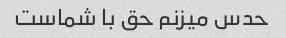
حدس میزنم حق با شماست